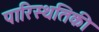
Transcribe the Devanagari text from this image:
पारिस्थतिकी